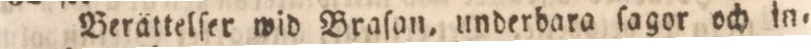
Berättelſer wid Braſan, underbara ſagor och in=